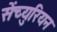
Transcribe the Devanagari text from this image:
सेंच्युरियन